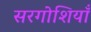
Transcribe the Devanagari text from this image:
सरगोशियाँ